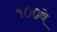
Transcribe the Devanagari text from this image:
१००वे